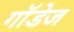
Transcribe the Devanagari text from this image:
गॉडेज